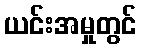
ယင်းအမှုတွင်